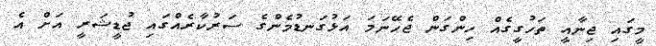
މީގައި ޖިނާއީ ތަހުގީގެއް ހިންގަން ޖެހޭނަމަ އަޅުގަނޑުމެންގެ ސަރުކާރެއްގައި ޖުޑީޝަރީ އަށް އެ